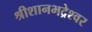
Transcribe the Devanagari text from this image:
श्रीशानभद्रेश्वर